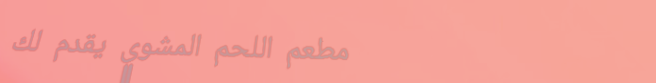
مطعم اللحم المشوي يقدم لك